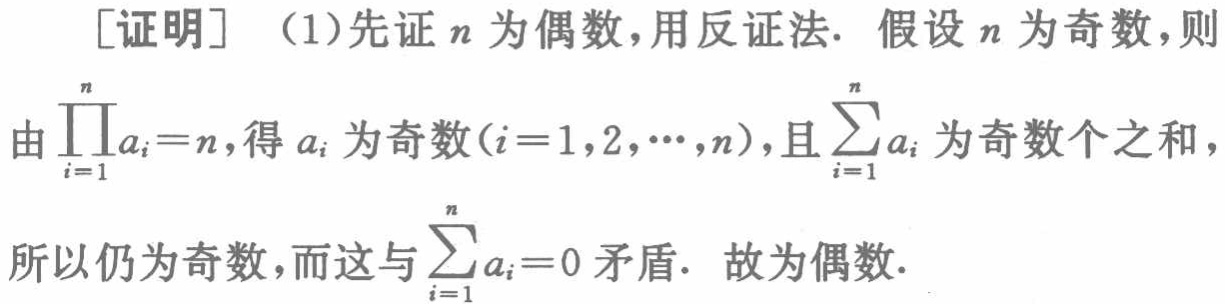
[证明] （1）先证 \(n\) 为偶数，用反证法. 假设 \(n\) 为奇数，则

由 \(\prod_{i = 1}^{n}a_{i}=n\)，得 \(a_{i}\) 为奇数\((i = 1,2,\cdots,n)\)，且 \(\sum_{i = 1}^{n}a_{i}\) 为奇数个之和，

所以仍为奇数，而这与 \(\sum_{i = 1}^{n}a_{i}=0\) 矛盾. 故为偶数.